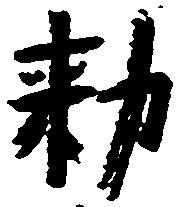
勅